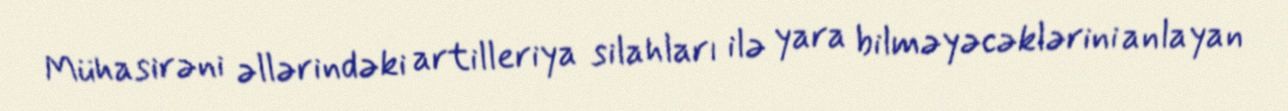
Mühasirəni əllərindəki artilleriya silahları ilə yara bilməyəcəklərini anlayan